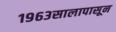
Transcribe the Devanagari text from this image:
१९६३सालापासून